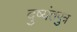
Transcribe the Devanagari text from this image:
दुष्यंतपुत्र